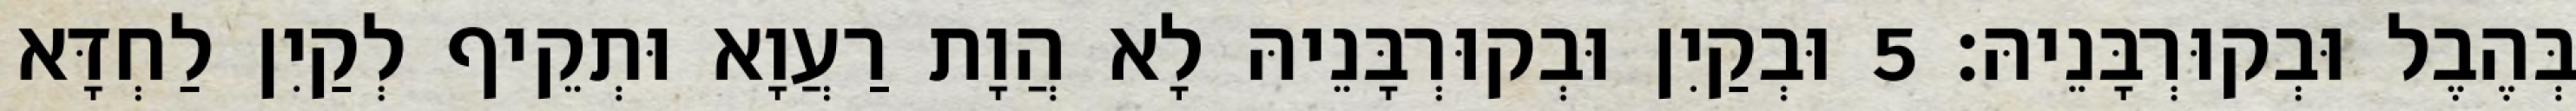
בְּהֶבֶל וּבְקוּרְבָּנֵיהּ׃ 5 וּבְקַיִן וּבְקוּרְבָּנֵיהּ לָא הֲוָת רַעֲוָא וּתְקֵיף לְקַיִן לַחְדָּא